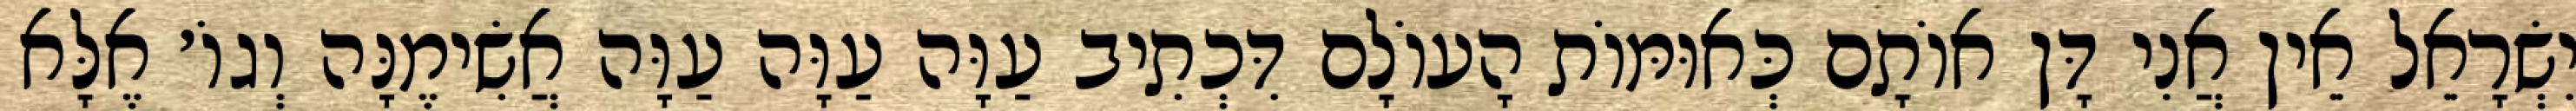
יִשְׂרָאֵל אֵין אֲנִי דָּן אוֹתָם כְּאוּמּוֹת הָעוֹלָם דִּכְתִיב עַוָּה עַוָּה עַוָּה אֲשִׂימֶנָּה וְגוֹ׳ אֶלָּא